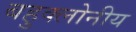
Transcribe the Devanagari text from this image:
बहुक्लोनीय